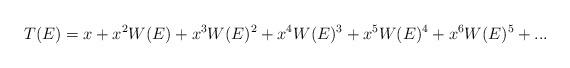
LaTeX: \begin{align*}T(E)=x+x^2W(E)+x^3W(E)^2 +x^4W(E)^3 +x^5W(E)^4 +x^6W(E)^5 +...\end{align*}